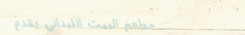
مطعم البيت اللبناني يقدم